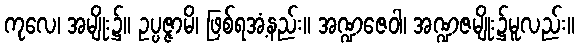
ကုလေ၊ အမျိုး၌။ ဥပ္ပဇ္ဇာမိ၊ ဖြစ်ရအံ့နည်း။ အဏ္ဍဇေဝါ၊ အဏ္ဍဇမျိုး၌မူလည်း။